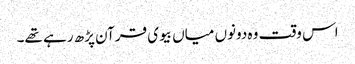
اس وقت وہ دونوں میاں بیوی قرآن پڑھ رہے تھے۔